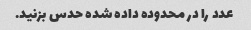
عدد را در محدوده داده شده حدس بزنید.